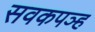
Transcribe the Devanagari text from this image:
सवकपञ्ह